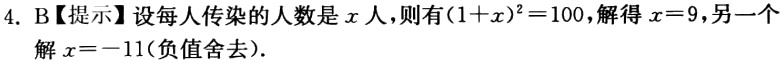
4. B【提示】设每人传染的人数是\(x\)人，则有\((1 + x)^{2}=100\)，解得\(x = 9\)，另一个解\(x = - 11\)(负值舍去).